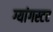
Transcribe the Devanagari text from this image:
ग्यांगस्टर